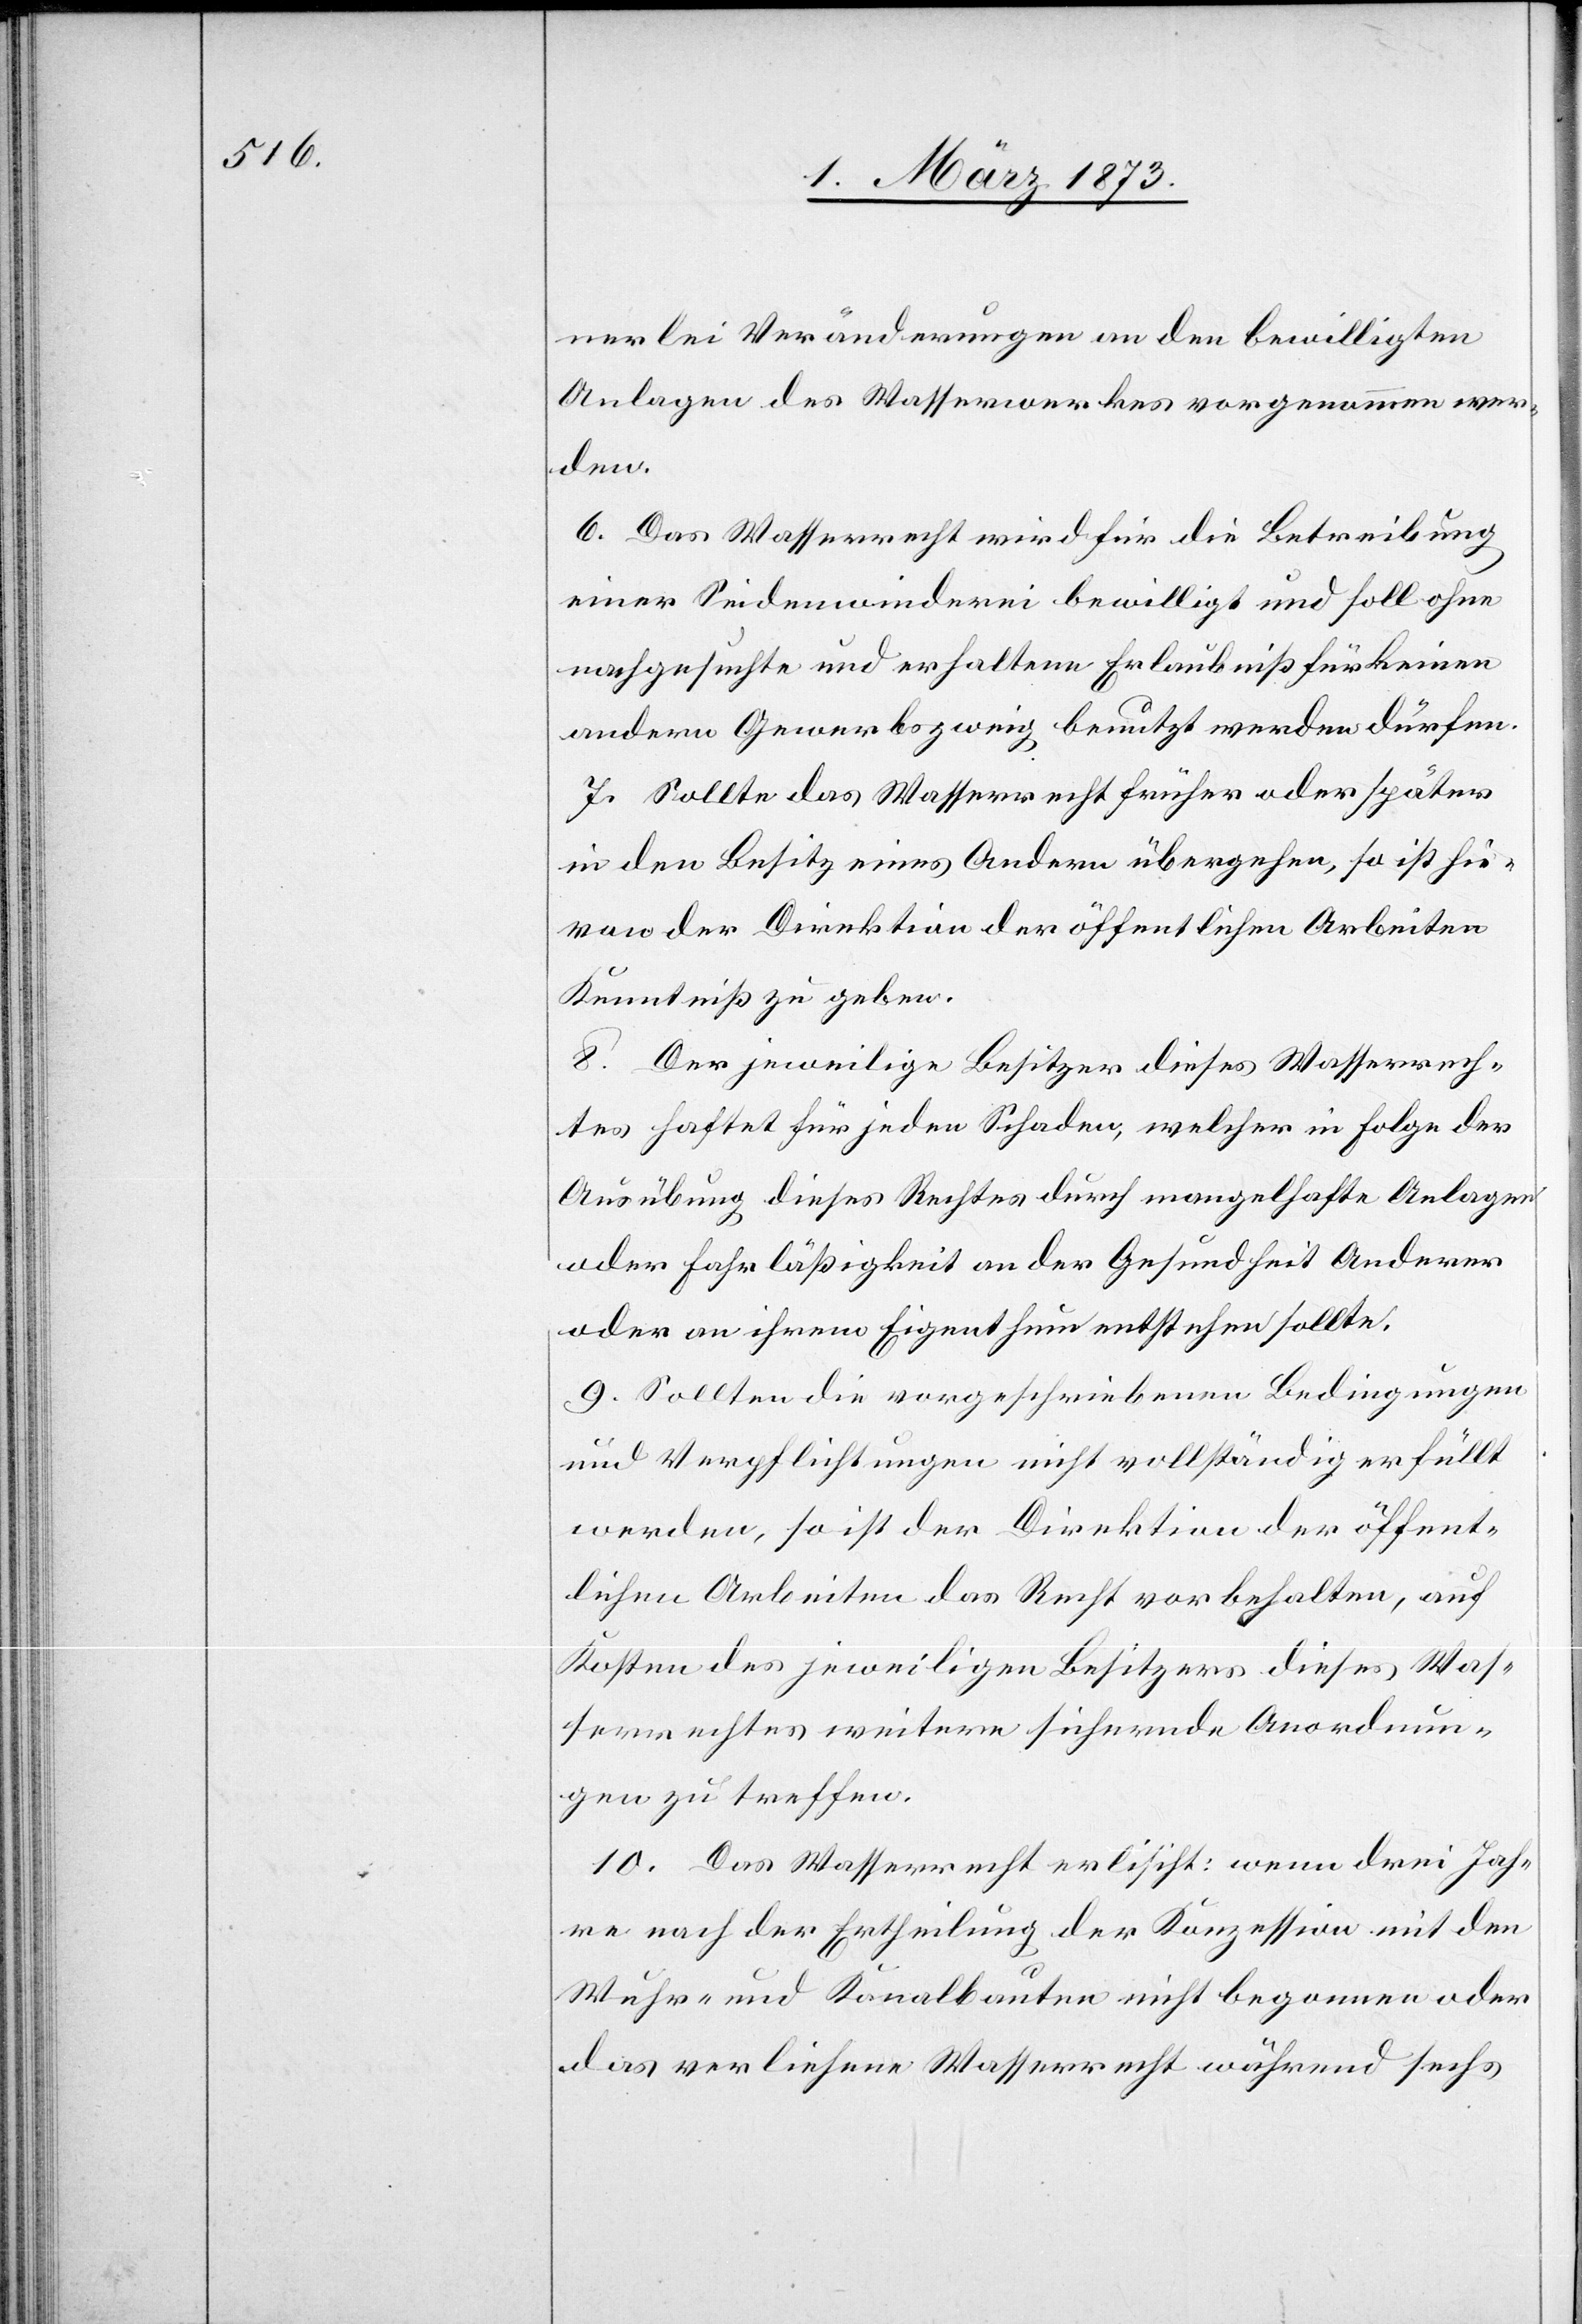
nerlei Veränderungen an den bewilligten
Anlagen des Wasserwerkes vorgenommen wer¬
den.
6. Das Wasserrecht wird für die Betreibung
einer Seidenwinderei bewilligt und soll ohne
nachgesuchte und erhaltene Erlaubniß für keinen
andern Gewerbszweig benutzt werden dürfen.
7. Sollte das Wasserrecht früher oder später
in den Besitz eines Andern übergehen, so ist hie¬
von der Direktion der öffentlichen Arbeiten
Kenntniß zu geben.
8. Der jeweilige Besitzer dieses Wasserrech¬
tes haftet für jeden Schaden, welcher in Folge der
Ausübung diese Rechtes durch mangelhafte Anlagen
oder Fahrläßigkeit an der Gesundheit Anderer
oder an ihrem Eigenthum entstehen sollte.
9. Sollten die vorgeschriebenen Bedingungen
und Verpflichtungen nicht vollständig erfüllt
werden, so ist der Direktion der öffent¬
lichen Arbeiten das Recht vorbehalten, auf
Kosten des jeweiligen Besitzers dieses Was¬
serrechtes weitere sichernde Anordnun¬
gen zu treffen.
10. Das Wasserrecht erlischt: wenn drei Jah¬
re nach der Ertheilung der Konzession mit den
Wuhr- und Kanalbauten nicht begonnen oder
das verliehene Wasserrecht während sechs